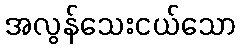
အလွန်သေးငယ်သော